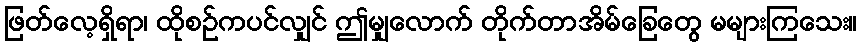
ဖြတ်လေ့ရှိရာ၊ ထိုစဉ်ကပင်လျှင် ဤမျှလောက် တိုက်တာအိမ်ခြေတွေ မများကြသေး။